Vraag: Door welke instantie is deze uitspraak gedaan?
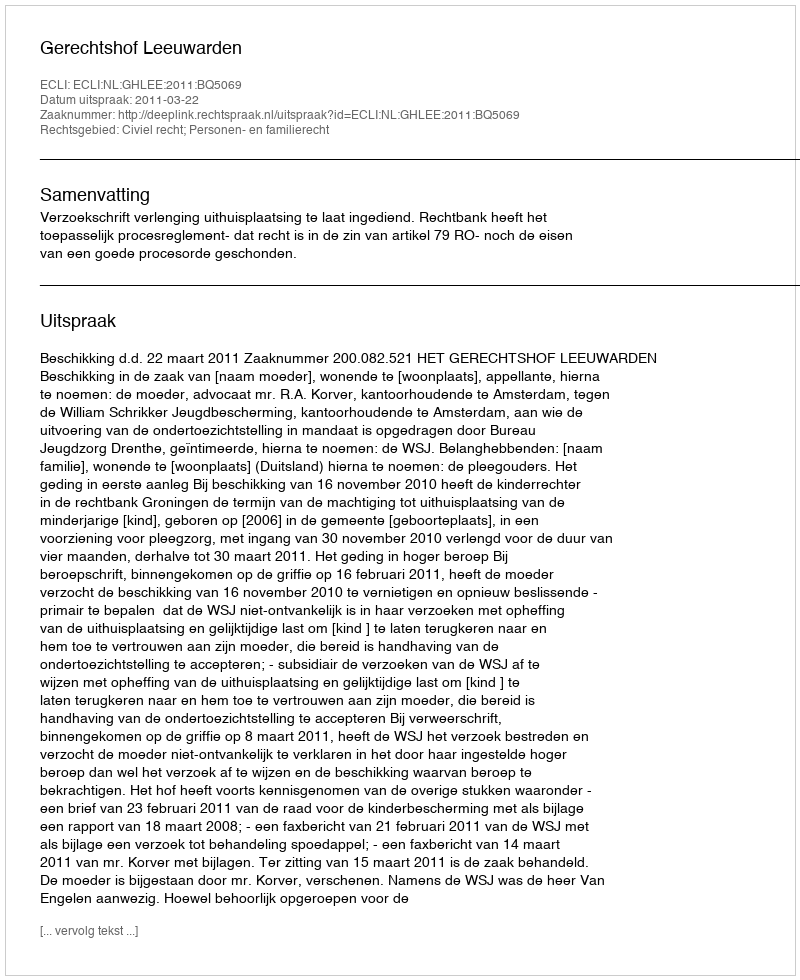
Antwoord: Gerechtshof Leeuwarden